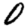
Digit: 0